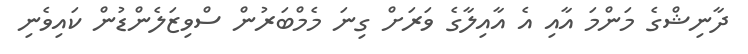
ދާނިޝްގެ މަންމަ އާއި އެ އާއިލާގެ ވަރަށް ގިނަ މެމްބަރުން ސްވިޒަލެންޑުން ކައިވެނި